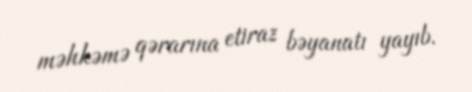
məhkəmə qərarına etiraz bəyanatı yayıb.